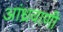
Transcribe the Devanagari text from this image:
आंध्रवाणी